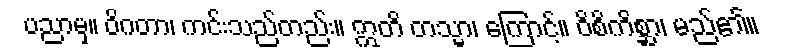
ပညာမှ။ ဝိဂတာ၊ ကင်းသည်တည်း။ ဣတိ တသ္မာ၊ ကြောင့်။ ဝိစိကိစ္ဆာ၊ မည်၏။